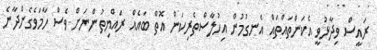
ރައީސް ވިދާޅުވީ އެކަންތައްތައް އެނގުމުން އިހުލާސްތެރިކަން އޮތް ބައެއް ރައްޔިތުންނަށް ވެސް ހާމަވެގެންދާނެ